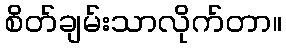
စိတ်ချမ်းသာလိုက်တာ။